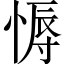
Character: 𢟹